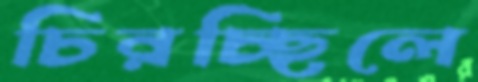
চিরচ্ছিলে